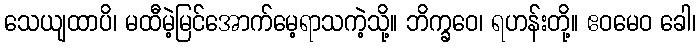
သေယျထာပိ၊ မထီမဲ့မြင်အောက်မေ့ရာသကဲ့သို့။ ဘိက္ခဝေ၊ ရဟန်းတို့။ ဧဝမေဝ ခေါ၊